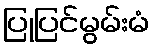
ပြုပြင်မွမ်းမံ